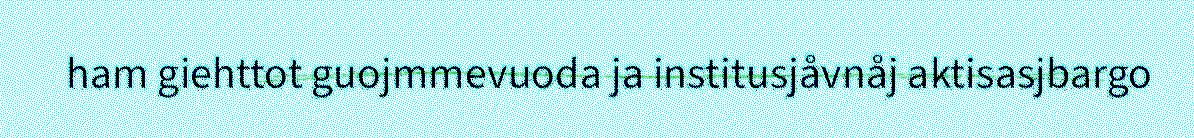
ham giehttot guojmmevuoda ja institusjåvnåj aktisasjbargo